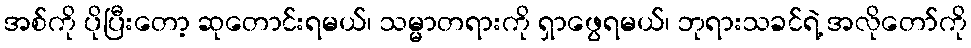
အစ်ကို ပိုပြီးတော့ ဆုတောင်းရမယ်၊ သမ္မာတရားကို ရှာဖွေရမယ်၊ ဘုရားသခင်ရဲ့ အလိုတော်ကို